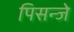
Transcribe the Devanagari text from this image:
पिसन्जे